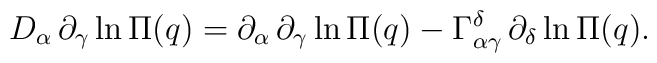
D_\alpha \,\partial _\gamma \ln \Pi (q)=\partial _\alpha \,\partial _\gamma\ln \Pi (q)-\Gamma _{\alpha \gamma }^\delta \,\partial _\delta \ln \Pi (q).